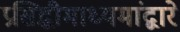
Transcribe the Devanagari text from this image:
प्रसिद्धीमाध्यमांद्वारे